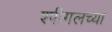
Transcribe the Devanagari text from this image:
श्पीगलच्या